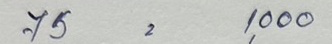
75 = 1,000